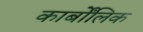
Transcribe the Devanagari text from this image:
कार्बोंलिक